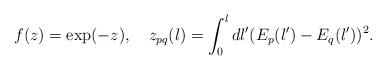
\begin{align*}f(z)=\exp(-z), \quad z_{pq}(l)=\int_0^l dl' (E_p(l')-E_q(l'))^2.\end{align*}